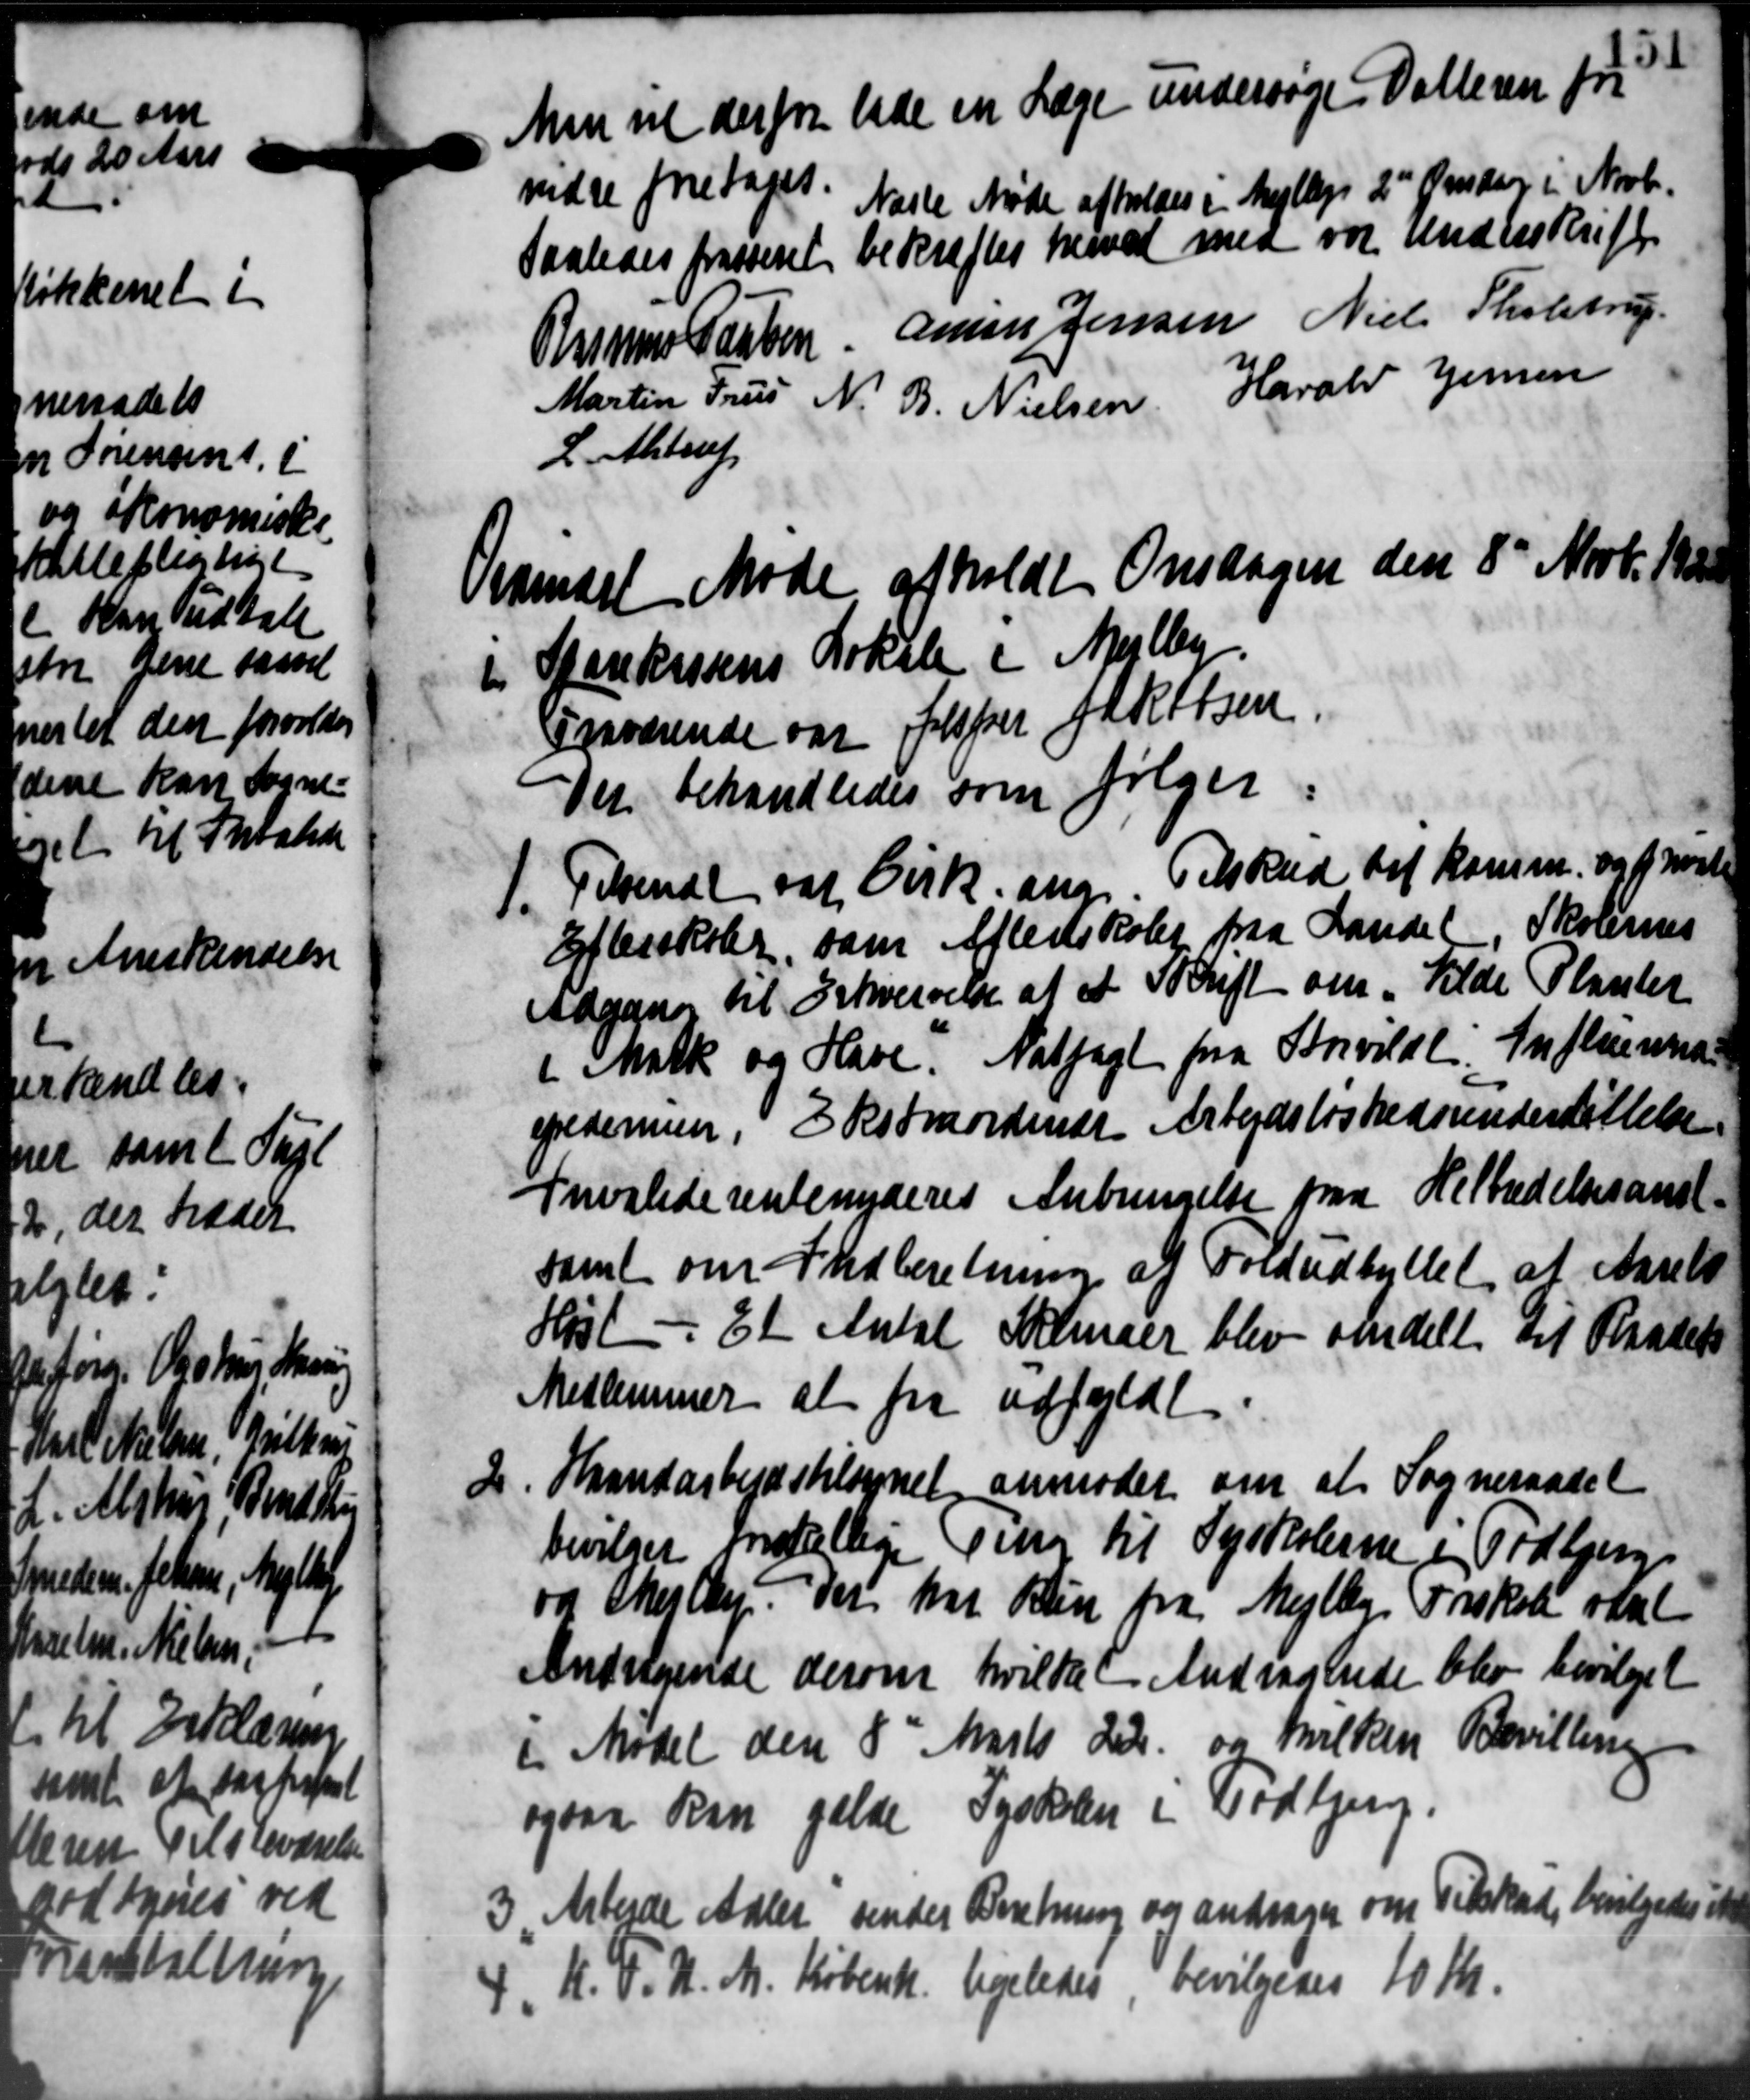
Transskription:
Man vil derfor lade en Læge undersøge Datteren for
vidre foretages.
Næste Møde afholdes i Mejlbys 2de Onsdag i Novb.
saaledes frasteret bekræftes havet med var underskrift
Anne Jensen Niels Tholstrup
Rasmus Larsen
Martin Frus N. B. Nielsen Harald Jensen
L. Alstrup
Videndet Møde afholdt Onsdagen den 8' Novbr. 190
i Starekassens Lokale i Mejlby
Fraværende og Jesper Jakobsen
Der behandledes som følger:
1. Tilsendt af Cirk. ang. Tilskud til Komm. og frat
1. Tilsendt af Cirk. ang. Tilskud til Komm. og frat
Efterskoler, som Afledskoler paa Landel Skolernes
Udgang til Skrivelse af et Skrift om Tilde Planter
i Matk og Have. Natpagt fra Sorvildt. Influema
epedemen, Ekstraordende Arbejdsløshedsunderstøttelse.
Invaliderentenyderes Anbringelse paa Helbædelsesanst.
samt om Indberetning af Foldudbyttet at Aarets
Høst - Et Antal Skemaer blev omdelt til Raadets
Medlemmer at fra udfyldt
2 Haandarbejdstilsynet anmoder om at Sogneraadet
Haandarbejdstilsynet anmoder om at Sogneraadet
bevilget indellige Ting til Syskolerne i Todbjerg
og Thejlby. Der har kun fra Mejlby Forskal været
Andragende derom
hvilke Andragende blev bevilget
i Mødet den 8de Marts 22 og hvilken Bevilling
ogsaa kan gælde Tysken i Todbjerg.
3 Arbejde Adler sender Beretning og andrager om Tilskud, bevilgedes ska
3 Arbejde Adler sender Beretning og andrager om Tilskud, bevilgedes ska

K. V. U. M. Københ. ligeledes bevilgedes 10 Kr.